Election expenses, 1922, 1922
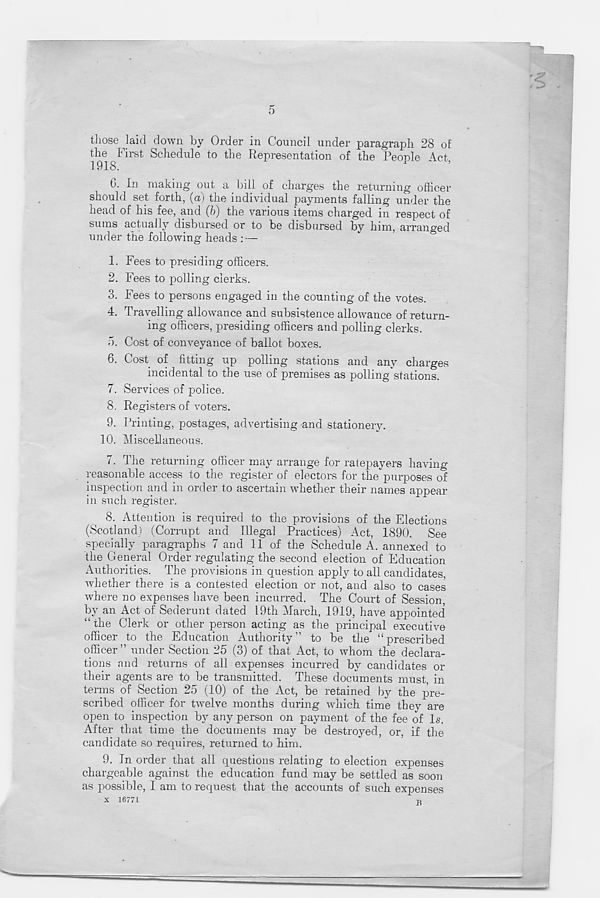
5
those laid down by Order in Council under paragraph 28 of
the First Schedule to the Representation of the People Act,
1918.
0. In making out a bill of charges the returning officer
should set forth, (a) the individual payments falling under the
head of his fee, and (b) the various items charged in respect of
sums actually disbursed or to be disbursed by him, arranged
under the following heads : —
1. Fees to presiding officers.
2. Fees to polling clerks.
3. Fees to persons engaged in the counting of the votes.
4. Travelling allowance and subsistence allowance of return-
ing officers, presiding officers and polling clerks.
5. Cost of conveyance of ballot boxes.
6. Cost of fitting up polling stations and any charges
incidental to the use of premises as polling stations.
7. Services of police.
8. Registers of voters.
9. Printing, postages, advertising and stationery.
10.
Miscellaneous.
7. The returning officer may arrange for ratepayers having
reasonable access to the register of electors for the purposes of
inspection and in order to ascertain whether their names appear
in such register.
8. Attention is required to the provisions of the Elections
(Scotland) (Corrupt and Illegal Practices) Act, 1890. See
specially paragraphs 7 and 11 of the Schedule A. annexed to
the General Order regulating the second election of Education
Authorities. The provisions in question apply to all candidates,
whether there is a contested election or not, and also to cases
where no expenses have been incurred. The Court of Session,
by an Act of Sederunt dated 19th March, 1919, have appointed
“ the Clerk or other person acting as the principal executive
officer to the Education Authority” to be the “prescribed
officer” under Section 25 (3) of that Act, to whom the declara-
tions and returns of all expenses incurred by candidates or
their agents are to be transmitted. These documents must, in
terms of Section 25 (10) of the Act, be retained by the pre-
scribed officer for twelve months during which time they are
open to inspection by any person on payment of the fee of Is.
After that time the documents may be destroyed, or, if the
candidate so requires, returned to him.
9. In order that all questions relating to election expenses
chargeable against the education fund may be settled as soon
as possible, I am to request that the accounts of such expenses
X 16771
T;